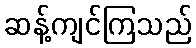
ဆန့်ကျင်ကြသည်